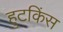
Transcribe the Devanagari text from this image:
हुटकिंस